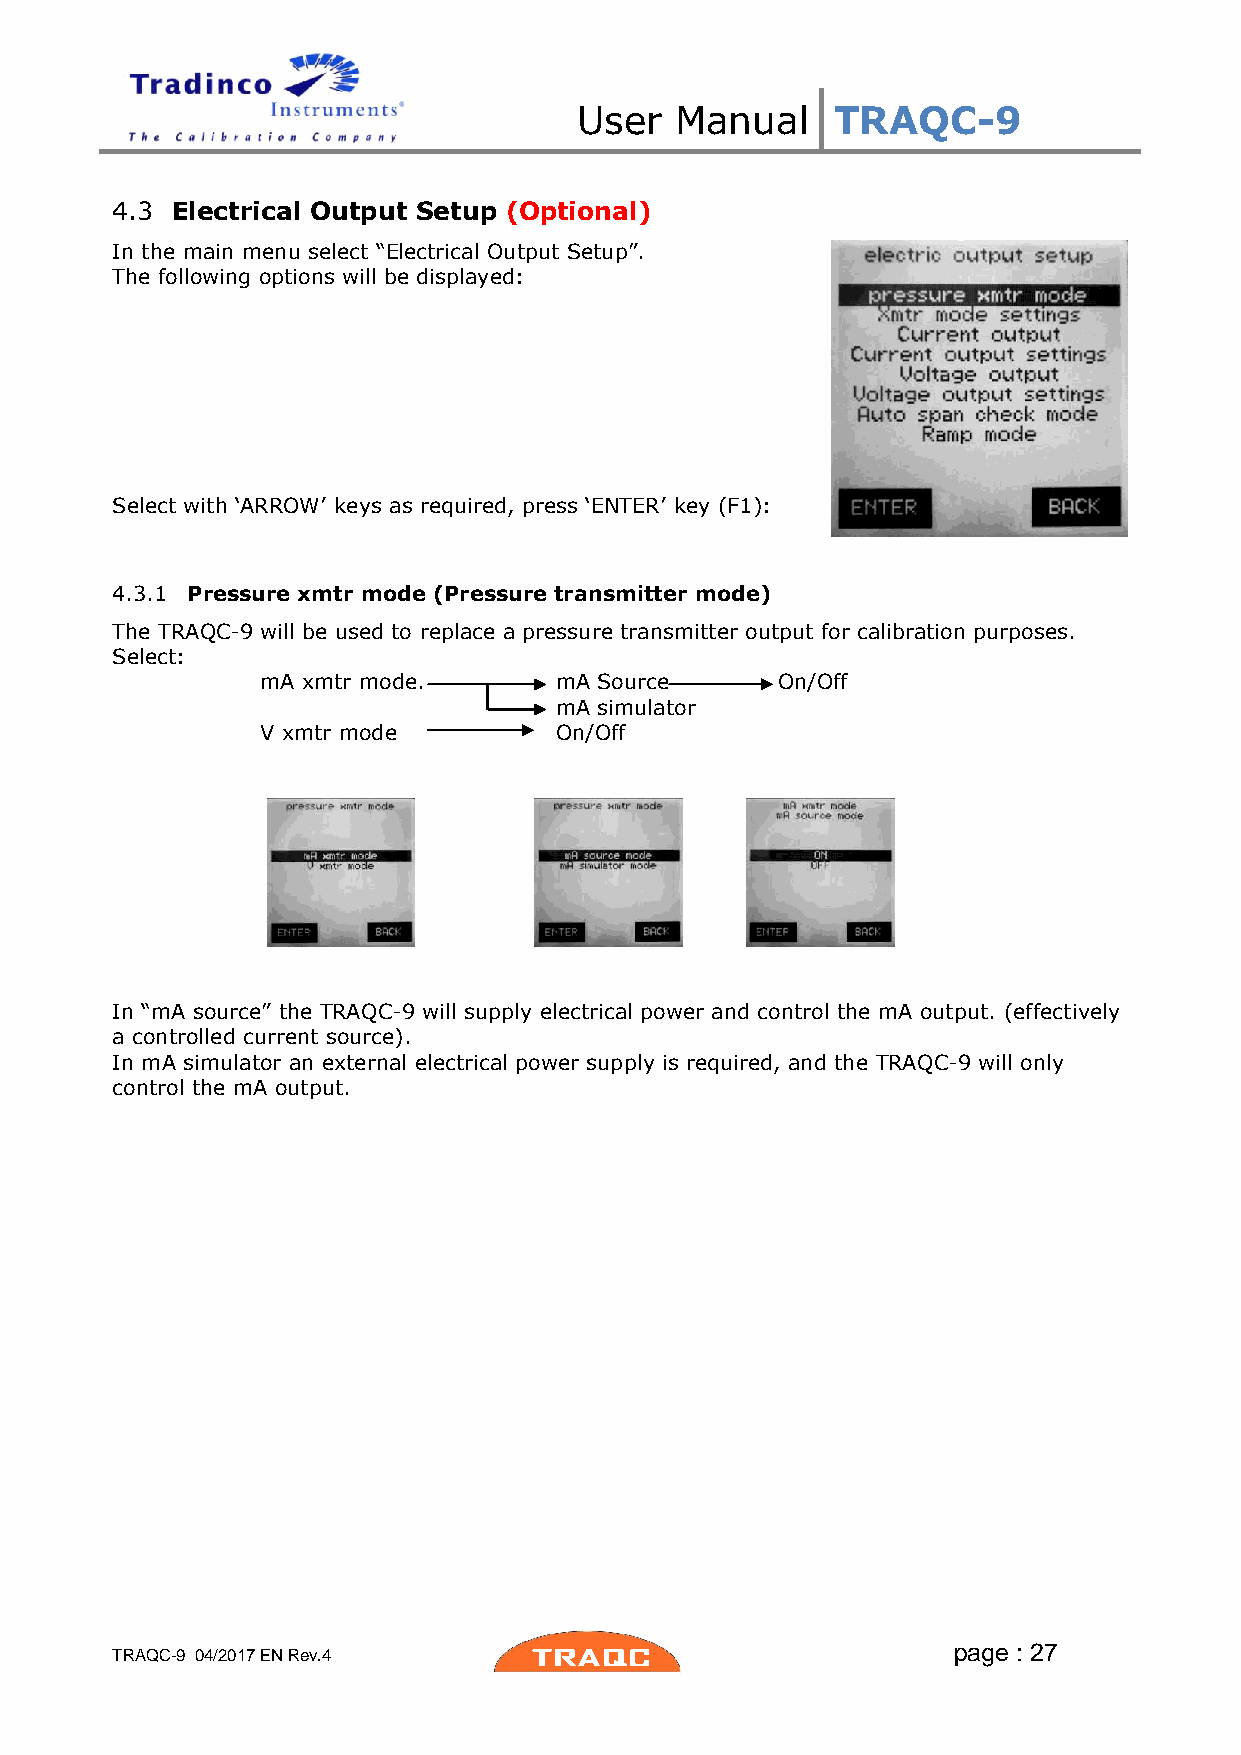
User   Manual    TRAQC-9
 4.3 Electrical Output Setup (Optional)
 In the main menu select “Electrical Output Setup”.
 The following options will be displayed:
 Select with ‘ARROW’ keys as required, press ‘ENTER’ key (F1):
 4.3.1 Pressure xmtr mode (Pressure transmitter mode)
 The TRAQC-9 will be used to replace a pressure transmitter output for calibration purposes.
 Select:
 mA xmtr mode.       mA Source     On/Off
 mA simulator
 V xmtr mode         On/Off
 In “mA source” the TRAQC-9 will supply electrical power and control the mA output. (effectively
 a controlled current source).
 In mA simulator an external electrical power supply is required, and the TRAQC-9 will only
 control the mA output.
 page : 27
 TRAQC-9 04/2017 EN Rev.4